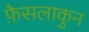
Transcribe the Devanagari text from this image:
फ़ैसलाकुन